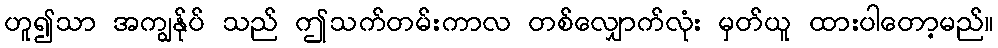
ဟူ၍သာ အကျွန်ုပ် သည် ဤသက်တမ်းကာလ တစ်လျှောက်လုံး မှတ်ယူ ထားပါတော့မည်။